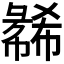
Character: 𫹇